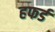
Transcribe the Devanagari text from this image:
हफर्ड